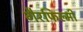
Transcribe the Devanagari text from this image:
गैरफिल्मी